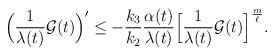
LaTeX: \begin{align*}\Bigl(\frac{1}{\lambda(t)} \mathcal{G}(t) \Bigr)^{\prime} \leq -\frac{k_3}{k_2}\frac{\alpha(t)}{\lambda(t)}\Bigl[\frac{1}{\lambda(t)} \mathcal{G}(t)\Bigr]^{\frac{m}{\ell}}. \end{align*}